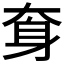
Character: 𡘪